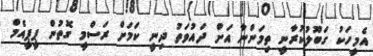
އެމީހަކު ގަބޫލުކުރާނީ ތިމަންނާ އަށް ދައުވަތު ދިނީ ކަމަށް ރަސްމީ ގޮތުން ޕީޕީއެމް